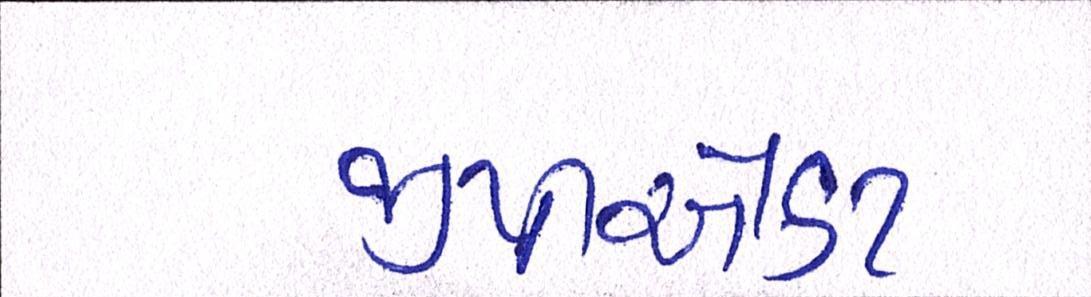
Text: જીપીએકટ